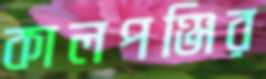
কালপঞ্জির